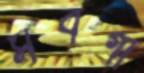
সর্বগা